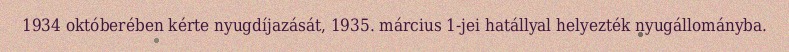
1934 októberében kérte nyugdíjazását, 1935. március 1-jei hatállyal helyezték nyugállományba.